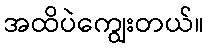
အထိပဲကျွေးတယ်။